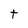
Character: t